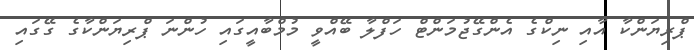
ޕްރިޔަންކާ އާއި ނިކްގެ އެންގޭޖުމަންޓް ހަފްލާ ބޭއްވީ މުމްބާއީގައި ހުންނަ ޕްރިޔަންކާގެ ގޭގައި